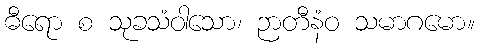
ဓီရော စ သုခသံဝါသော၊ ဉာတီနံဝ သမာဂမော။